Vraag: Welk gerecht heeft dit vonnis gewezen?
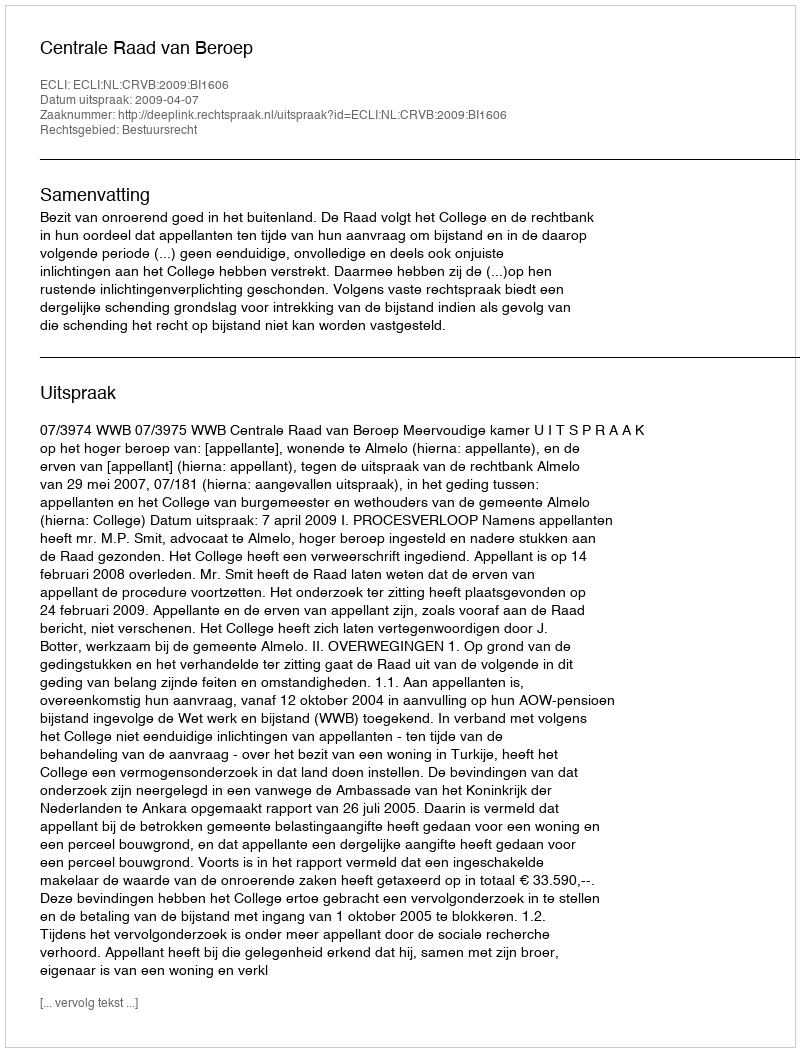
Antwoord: Centrale Raad van Beroep